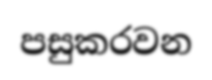
පසුකරවන